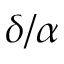
\delta / \alpha